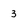
Character: 3